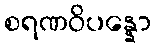
စရဏဝိပန္နော